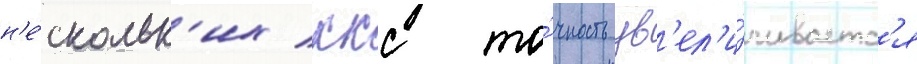
н'е́скольк'их ккс то́чность ув'ел'и́чиваетс'я